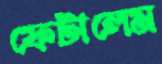
ফেটালেম